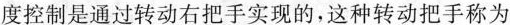
度控制是通过转动右把手实现的，这种转动把手称为